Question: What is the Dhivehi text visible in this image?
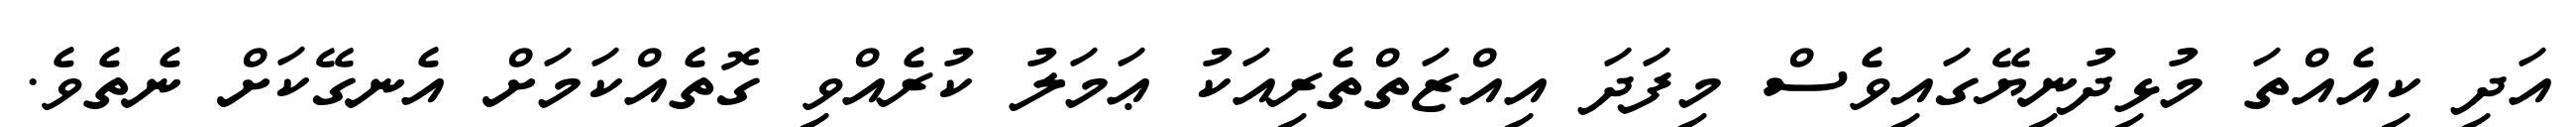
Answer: އަދި ކިއެއްތަ މުޅިދުނިޔޭގައިވެސް މިފަދަ އިއްޒަތްތެރިއަކު ޢަމަލު ކުރެއްވި ގޮތެއްކަމަށް އެނގޭކަށް ނެތެވެ.